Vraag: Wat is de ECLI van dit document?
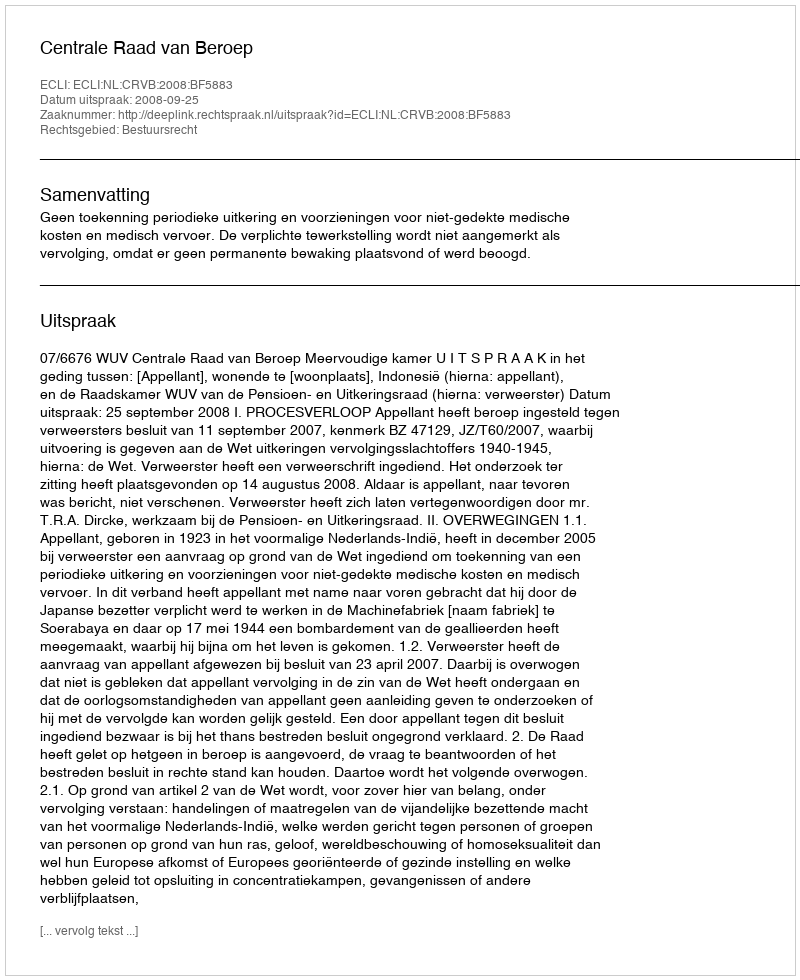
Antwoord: ECLI:NL:CRVB:2008:BF5883